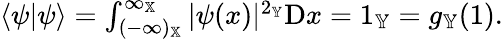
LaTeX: \begin{array}{r}{\langle\psi|\psi\rangle=\int_{(-\infty)_{\mathbb{X}}}^{\infty_{\mathbb{X}}}|\psi(x)|^{2_{\mathbb{Y}}}{\textrm D}x=1_{\mathbb{Y}}=g_{\mathbb{Y}}(1).}\end{array}